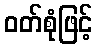
ဝတ်စုံဖြင့်